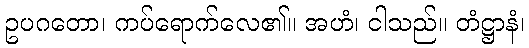
ဥပဂတော၊ ကပ်ရောက်လေ၏။ အဟံ၊ ငါသည်။ တံဋ္ဌာနံ၊